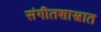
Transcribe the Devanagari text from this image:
संगीतशास्त्रात